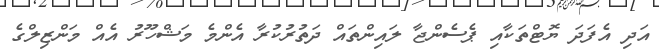
އަދި އެފަދަ ޔޮޓްތަކާއި ޕެސެންޖާ ލައިންތައް ދަތުރުކުރާ އެންމެ މަޝްހޫރު އެއް މަންޒިލްގެ